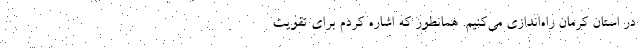
در استان کرمان راه‌اندازی می‌کنیم. همانطور که اشاره کردم برای تقویت